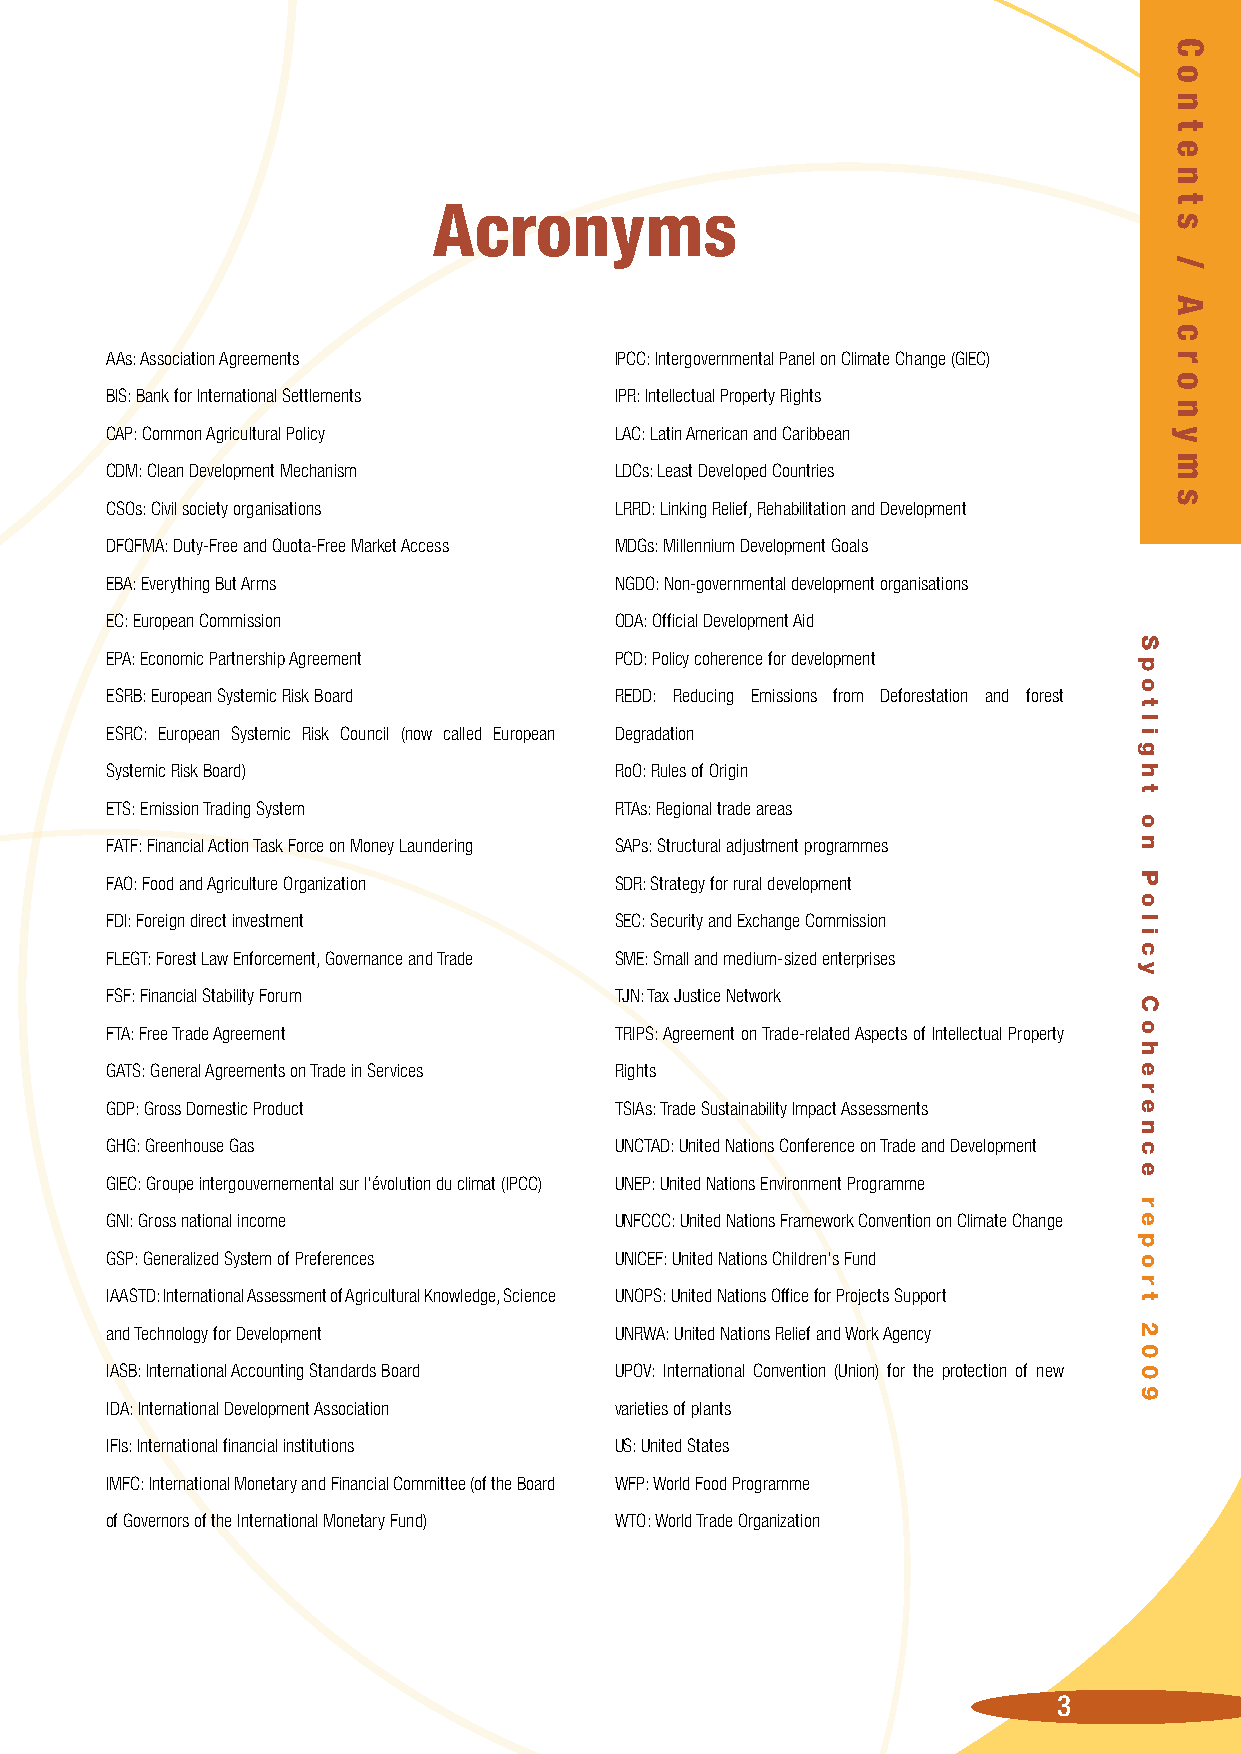
Acronyms
 AAs: Association Agreements       IPCC: Intergovernmental Panel on Climate Change (GIEC)
 BIS: Bank for International Settlements IPR: Intellectual Property Rights
 CAP: Common Agricultural Policy   LAC: Latin American and Caribbean
 CDM: Clean Development Mechanism  LDCs: Least Developed Countries
 CSOs: Civil society organisations LRRD: Linking Relief, Rehabilitation and Development
 DFQFMA: Duty-Free and Quota-Free Market Access MDGs: Millennium Development Goals
 EBA: Everything But Arms          NGDO: Non-governmental development organisations
 EC: European Commission           ODA: Official Development Aid
 EPA: Economic Partnership Agreement PCD: Policy coherence for development
 ESRB: European Systemic Risk Board REDD: Reducing Emissions from Deforestation and forest
 ESRC: European Systemic Risk Council (now called European Degradation
 Systemic Risk Board)              RoO: Rules of Origin
 ETS: Emission Trading System      RTAs: Regional trade areas
 FATF: Financial Action Task Force on Money Laundering SAPs: Structural adjustment programmes
 FAO: Food and Agriculture Organization SDR: Strategy for rural development
 FDI: Foreign direct investment    SEC: Security and Exchange Commission
 FLEGT: Forest Law Enforcement, Governance and Trade SME: Small and medium-sized enterprises
 FSF: Financial Stability Forum    TJN: Tax Justice Network
 FTA: Free Trade Agreement         TRIPS: Agreement on Trade-related Aspects of Intellectual Property
 GATS: General Agreements on Trade in Services Rights
 GDP: Gross Domestic Product       TSIAs: Trade Sustainability Impact Assessments
 GHG: Greenhouse Gas               UNCTAD: United Nations Conference on Trade and Development
 GIEC: Groupe intergouvernemental sur l’évolution du climat (IPCC) UNEP: United Nations Environment Programme
 GNI: Gross national income        UNFCCC: United Nations Framework Convention on Climate Change
 GSP: Generalized System of Preferences UNICEF: United Nations Children's Fund
 IAASTD: International Assessment of Agricultural Knowledge, Science UNOPS: United Nations Office for Projects Support
 and Technology for Development    UNRWA: United Nations Relief and Work Agency
 IASB: International Accounting Standards Board UPOV: International Convention (Union) for the protection of new
 IDA: International Development Association varieties of plants
 IFIs: International financial institutions US: United States
 IMFC: International Monetary and Financial Committee (of the Board WFP: World Food Programme
 of Governors of the International Monetary Fund) WTO: World Trade Organization
 3
 S
 p
 o
 t
 l
 i
 g
 h
 t
 o
 n
 P
 o
 l
 i
 c
 y
 C
 o
 h
 e
 r
 e
 n
 c
 e
 r
 e
 p
 o
 r
 t
 2
 0
 0
 9
 C
 o
 n
 t
 e
 n
 t
 s
 /
 A
 c
 r
 o
 n
 y
 m
 s